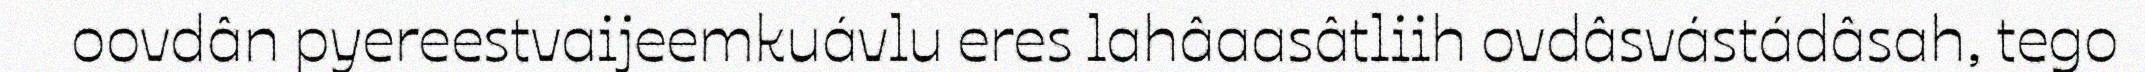
oovdân pyereestvaijeemkuávlu eres lahâaasâtliih ovdâsvástádâsah, tego